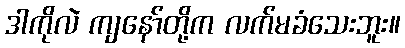
ဒါကိုလဲ ကျနော်တို့က လက်မခံသေးဘူး။